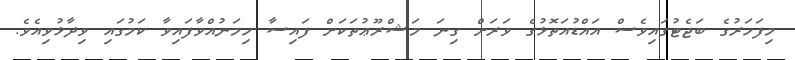
މިފަހަރުގެ ބަޖެޓުގައިވެސް އައްޑުއަތޮޅުގެ ވަރަށް ގިނަ މަޝްރޫޢުތަކަށް ފައިސާ ހިމަނުއްވާފައިވާ ކަމުގައި ވިދާޅުވިއެވެ.